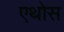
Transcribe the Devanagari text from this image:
एथोस